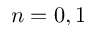
n = 0 , 1